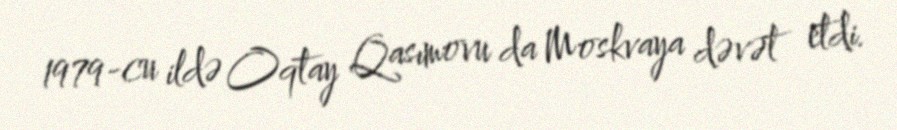
1979-cu ildə Oqtay Qasımovu da Moskvaya dəvət etdi.